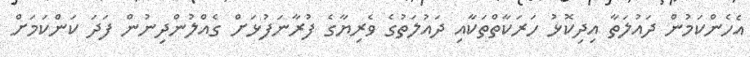
އެހެންކަމުން ދައުލަތާ އިދިކޮޅު ހަރަކާތްތަކާއި ދައުލަތުގެ ވެރިޔާގެ ފުރާނަފުޅަށް ގެއްލުންދިނުން ފަދަ ކަންކަމަށް